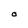
Character: o